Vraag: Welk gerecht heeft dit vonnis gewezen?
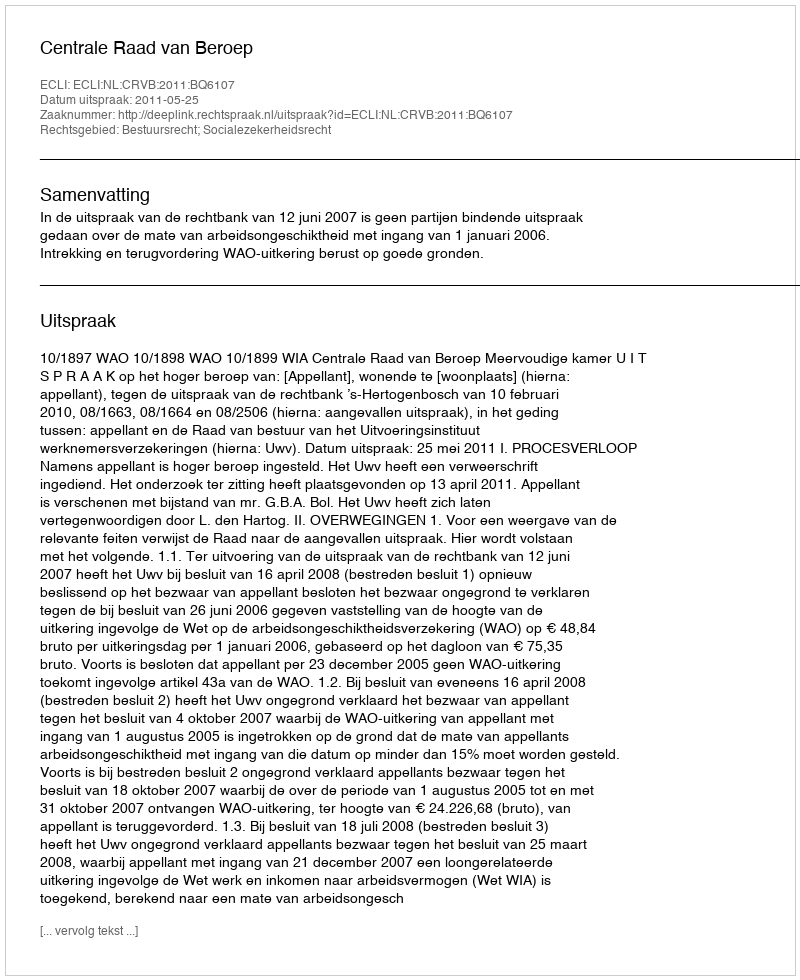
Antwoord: Centrale Raad van Beroep